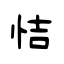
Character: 恄